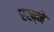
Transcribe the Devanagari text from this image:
रख्ने